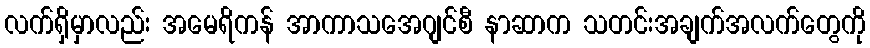
လက်ရှိမှာလည်း အမေရိကန် အာကာသအေဂျင်စီ နာဆာက သတင်းအချက်အလက်တွေကို